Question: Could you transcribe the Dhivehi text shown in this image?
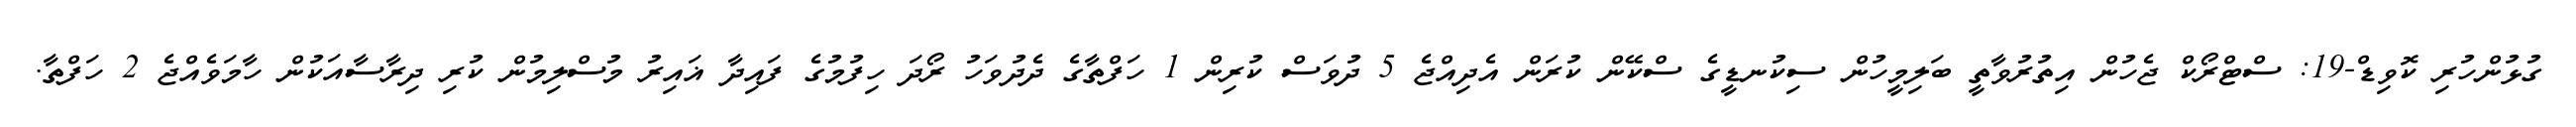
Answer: ގުޅުންހުރި ކޮވިޑް-19: ސްޓްރޯކް ޖެހުން އިތުރުވާތީ ބަލިމީހުން ސިކުނޑީގެ ސްކޭން ކުރަން އެދިއްޖެ 5 ދުވަސް ކުރިން 1 ހަފްތާގެ ދެދުވަހު ރޯދަ ހިފުމުގެ ފައިދާ ޣައިރު މުސްލިމުން ކުރި ދިރާސާއަކުން ހާމަވެއްޖެ 2 ހަފްތާ.